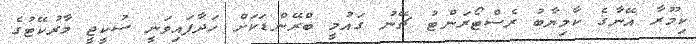
ކިމޫރާ އޭނާގެ ކާމިޔާބު ރެސްޓޯރަންޓު ޗޭނު ގައުމީ ބްރޭންޑަކަށް ހަދާފައިވަނީ ސުކީޖީ މާރުކޭޓުގެ